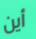
أين